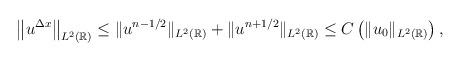
LaTeX: \begin{align*}\left\|u^{\Delta x}\right\|_{L^{2}(\mathbb{R})} &\le \|u^{n-1/2}\|_{L^{2}(\mathbb{R})} + \|u^{n+1/2}\|_{L^{2}(\mathbb{R})} \le C\left(\|u_{0}\|_{L^{2}(\mathbb{R})}\right),\end{align*}